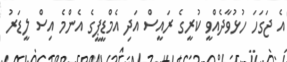
އެ ޖަގަހަ ހުޅުވާދެއްވީ ކުރީގެ ރައީސް އަދި އެމްޑީޕީގެ އެންމެ އިސް ލީޑަރު